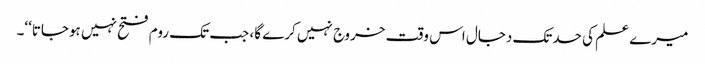
میرے علم کی حدتک دجال اس وقت خروج نہیں کرے گا، جب تک روم فتح نہیں ہوجاتا‘‘۔